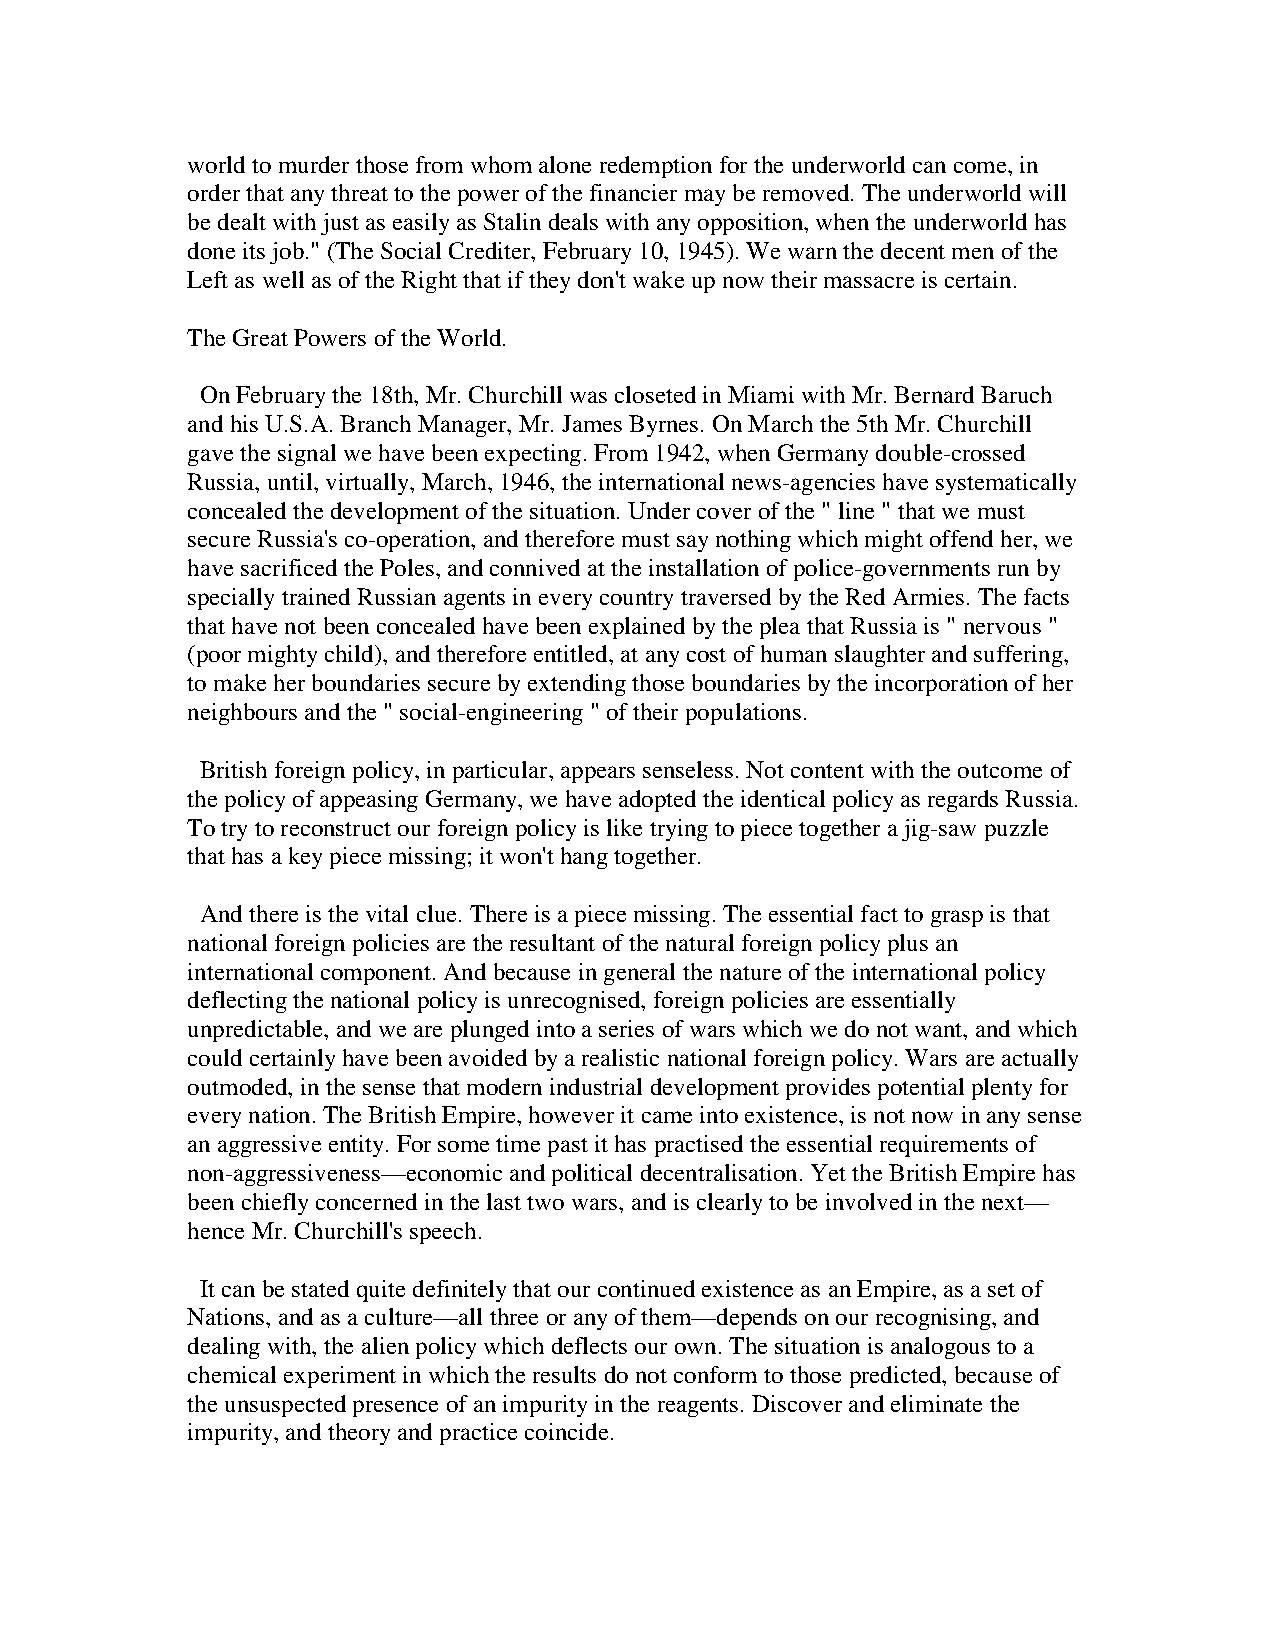
world to murder those from whom alone redemption for the underworld can come, in
 order that any threat to the power of the financier may be removed. The underworld will
 be dealt with just as easily as Stalin deals with any opposition, when the underworld has
 done its job." (The Social Crediter, February 10, 1945). We warn the decent men of the
 Left as well as of the Right that if they don't wake up now their massacre is certain.
 The Great Powers of the World.
 On February the 18th, Mr. Churchill was closeted in Miami with Mr. Bernard Baruch
 and his U.S.A. Branch Manager, Mr. James Byrnes. On March the 5th Mr. Churchill
 gave the signal we have been expecting. From 1942, when Germany double-crossed
 Russia, until, virtually, March, 1946, the international news-agencies have systematically
 concealed the development of the situation. Under cover of the " line " that we must
 secure Russia's co-operation, and therefore must say nothing which might offend her, we
 have sacrificed the Poles, and connived at the installation of police-governments run by
 specially trained Russian agents in every country traversed by the Red Armies. The facts
 that have not been concealed have been explained by the plea that Russia is " nervous "
 (poor mighty child), and therefore entitled, at any cost of human slaughter and suffering,
 to make her boundaries secure by extending those boundaries by the incorporation of her
 neighbours and the " social-engineering " of their populations.
 British foreign policy, in particular, appears senseless. Not content with the outcome of
 the policy of appeasing Germany, we have adopted the identical policy as regards Russia.
 To try to reconstruct our foreign policy is like trying to piece together a jig-saw puzzle
 that has a key piece missing; it won't hang together.
 And there is the vital clue. There is a piece missing. The essential fact to grasp is that
 national foreign policies are the resultant of the natural foreign policy plus an
 international component. And because in general the nature of the international policy
 deflecting the national policy is unrecognised, foreign policies are essentially
 unpredictable, and we are plunged into a series of wars which we do not want, and which
 could certainly have been avoided by a realistic national foreign policy. Wars are actually
 outmoded, in the sense that modern industrial development provides potential plenty for
 every nation. The British Empire, however it came into existence, is not now in any sense
 an aggressive entity. For some time past it has practised the essential requirements of
 non-aggressiveness—economic and political decentralisation. Yet the British Empire has
 been chiefly concerned in the last two wars, and is clearly to be involved in the next—
 hence Mr. Churchill's speech.
 It can be stated quite definitely that our continued existence as an Empire, as a set of
 Nations, and as a culture—all three or any of them—depends on our recognising, and
 dealing with, the alien policy which deflects our own. The situation is analogous to a
 chemical experiment in which the results do not conform to those predicted, because of
 the unsuspected presence of an impurity in the reagents. Discover and eliminate the
 impurity, and theory and practice coincide.